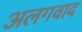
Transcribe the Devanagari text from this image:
अलगवाद